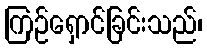
ကြဉ်ရှောင်ခြင်းသည်၊